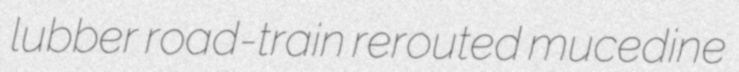
lubber road-train rerouted mucedine